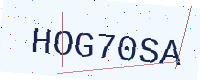
Text: HOG70SA